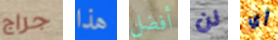
جراج هذا أفضل لن أي